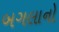
બગલાનો